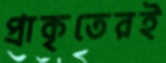
প্রাকৃতেরই